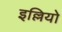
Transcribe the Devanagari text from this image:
इल्लियो